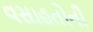
વસાહતોની